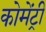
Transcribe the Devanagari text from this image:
कोमेंट्री